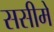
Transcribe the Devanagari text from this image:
ससीमे